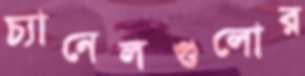
চ্যানেলগুলোর